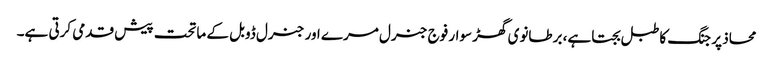
محاذ پر جنگ کا طبل بجتا ہے، برطانوی گھڑ سوار فوج جنرل مرے اور جنرل ڈوبل کے ماتحت پیش قدمی کرتی ہے۔